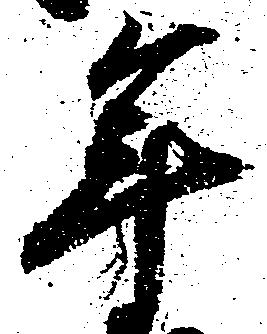
年